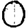
Digit: 0